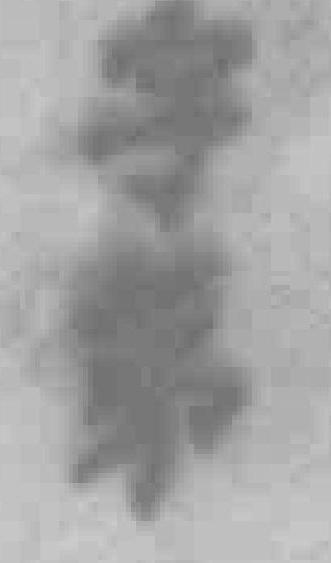
字第